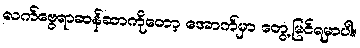
လက်ဗွေရာဆန်ဆာကိုတော့ အောက်မှာ တွေ့မြင်ရမှာပါ။